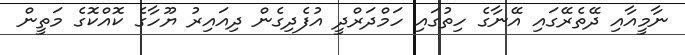
ނާމީއާއި ދޭތެރޭގައި އޭނާގެ ހިތުގައި ހަމްދަރްދީ އުފެދިގެން ދިއައިރު ޔޫހާގެ ކޮއްކޮގެ މަތީން